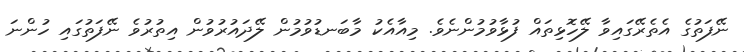
ނޭފަތުގެ އެތެރޭގައިވާ ލޭހޮޅިތައް ފުޅާވުމުންނެވެ. މިއާއެކު މާބަނޑުވުމުން ލޭދައުރުވުން އިތުރުވެ ނޭފަތުގައި ހުންނަ